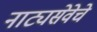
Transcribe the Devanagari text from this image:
नाट्यसेवेचे